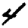
Digit: 4